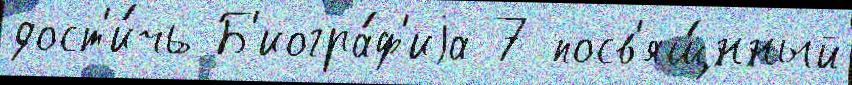
дост'и́чь Б'иогра́ф'иjа 7 посв'ящ́нный